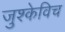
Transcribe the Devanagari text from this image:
जुश्केविच